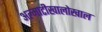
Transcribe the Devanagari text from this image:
अल्माटीखालोखाल